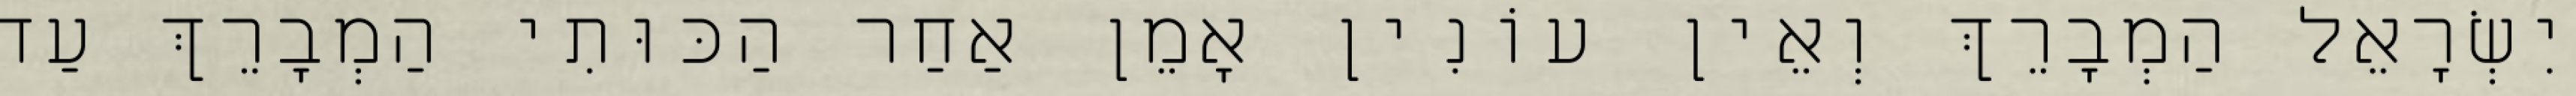
יִשְׂרָאֵל הַמְבָרֵךְ וְאֵין עוֹנִין אָמֵן אַחַר הַכּוּתִי הַמְבָרֵךְ עַד